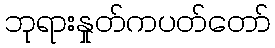
ဘုရားနှုတ်ကပတ်တော်